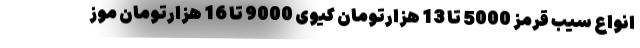
انواع سیب قرمز 5000 تا 13 هزارتومان کیوی 9000 تا 16 هزارتومان موز